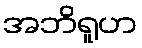
အဘိရူဟ